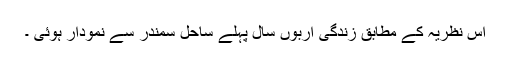
اس نظریہ کے مطابق زندگی اربوں سال پہلے ساحل سمندر سے نمودار ہوئی ۔